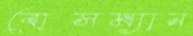
বোসম্যান